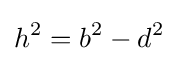
h^{2}=b^{2}-d^{2}